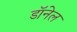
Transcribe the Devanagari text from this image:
डॉनेल